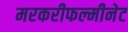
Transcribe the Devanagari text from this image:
मरकरीफल्मीनेट